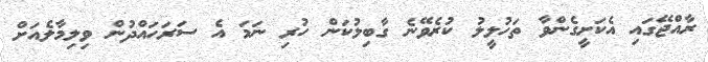
ރާއްޖޭގައި އެކަށީގެންވާ ތަހުލީލު ކުރެވޭނެ ގާބިލުކަން ހުރި ނަމަ އެ ސަރަހައްދުން ވިިލިމާލެއަށް